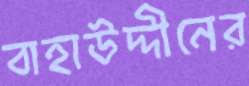
বাহাউদ্দীনের